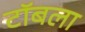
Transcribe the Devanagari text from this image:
टॉबला